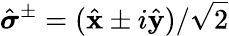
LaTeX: \hat{\boldsymbol{\sigma}}^{\pm}=(\hat{\mathbf{x}}\pm i\hat{\mathbf{y}})/\sqrt{2}